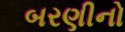
બરણીનો